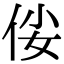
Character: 𠈤